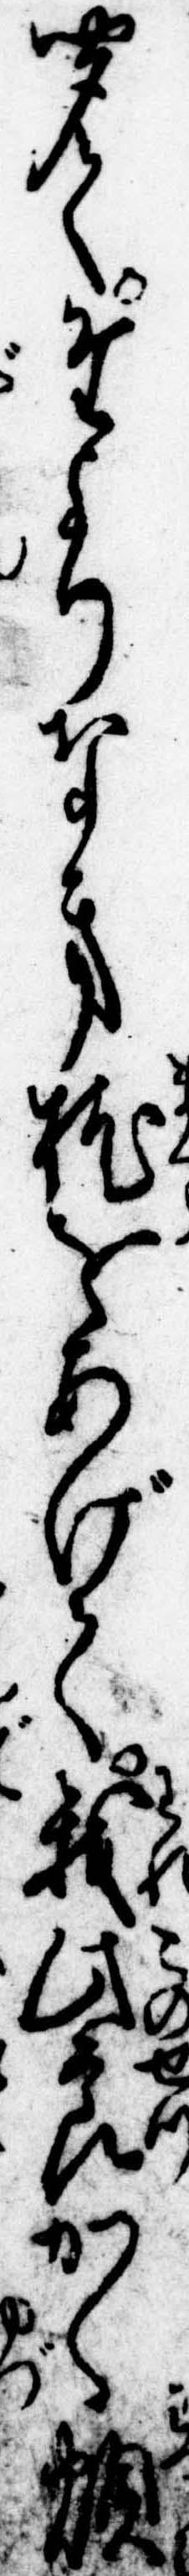
聞てたよりなき枕をあげて我此節かく煩